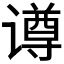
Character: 𬤢